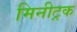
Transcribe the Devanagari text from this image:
मिनीट्रक